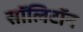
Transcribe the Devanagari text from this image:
सॉलिटॉन